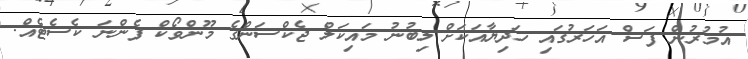
އުމުރުން ފަސް އަހަރުގައި ހަދިޔާއަކަށް ލިބުނު މައިކަލް ޖެކްސަންގެ މޫންވޯކް ފެންނަ ކެސެޓެއް.